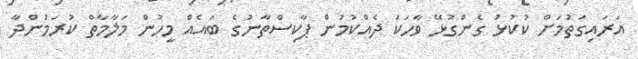
އަރައިގަތުމަށް ކުކުޅު ގެންގުޅޭ ވާހަކަ ދެއްކުމުން ޕާކިސްތާނުގެ ބައެއް މީހުން މަލާމާތް ކުރަމުންދާ